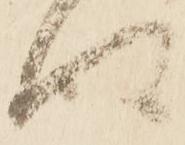
得